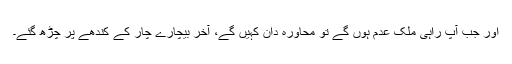
اور جب آپ راہی ملک عدم ہوں گے تو محاورہ دان کہیں گے، آخر بیچارے چار کے کندھے پر چڑھ گئے۔